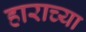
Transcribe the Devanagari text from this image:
हाराच्या